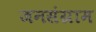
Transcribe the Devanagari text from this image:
जनसंग्राम